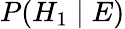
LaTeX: P(H_{1}\mid E)